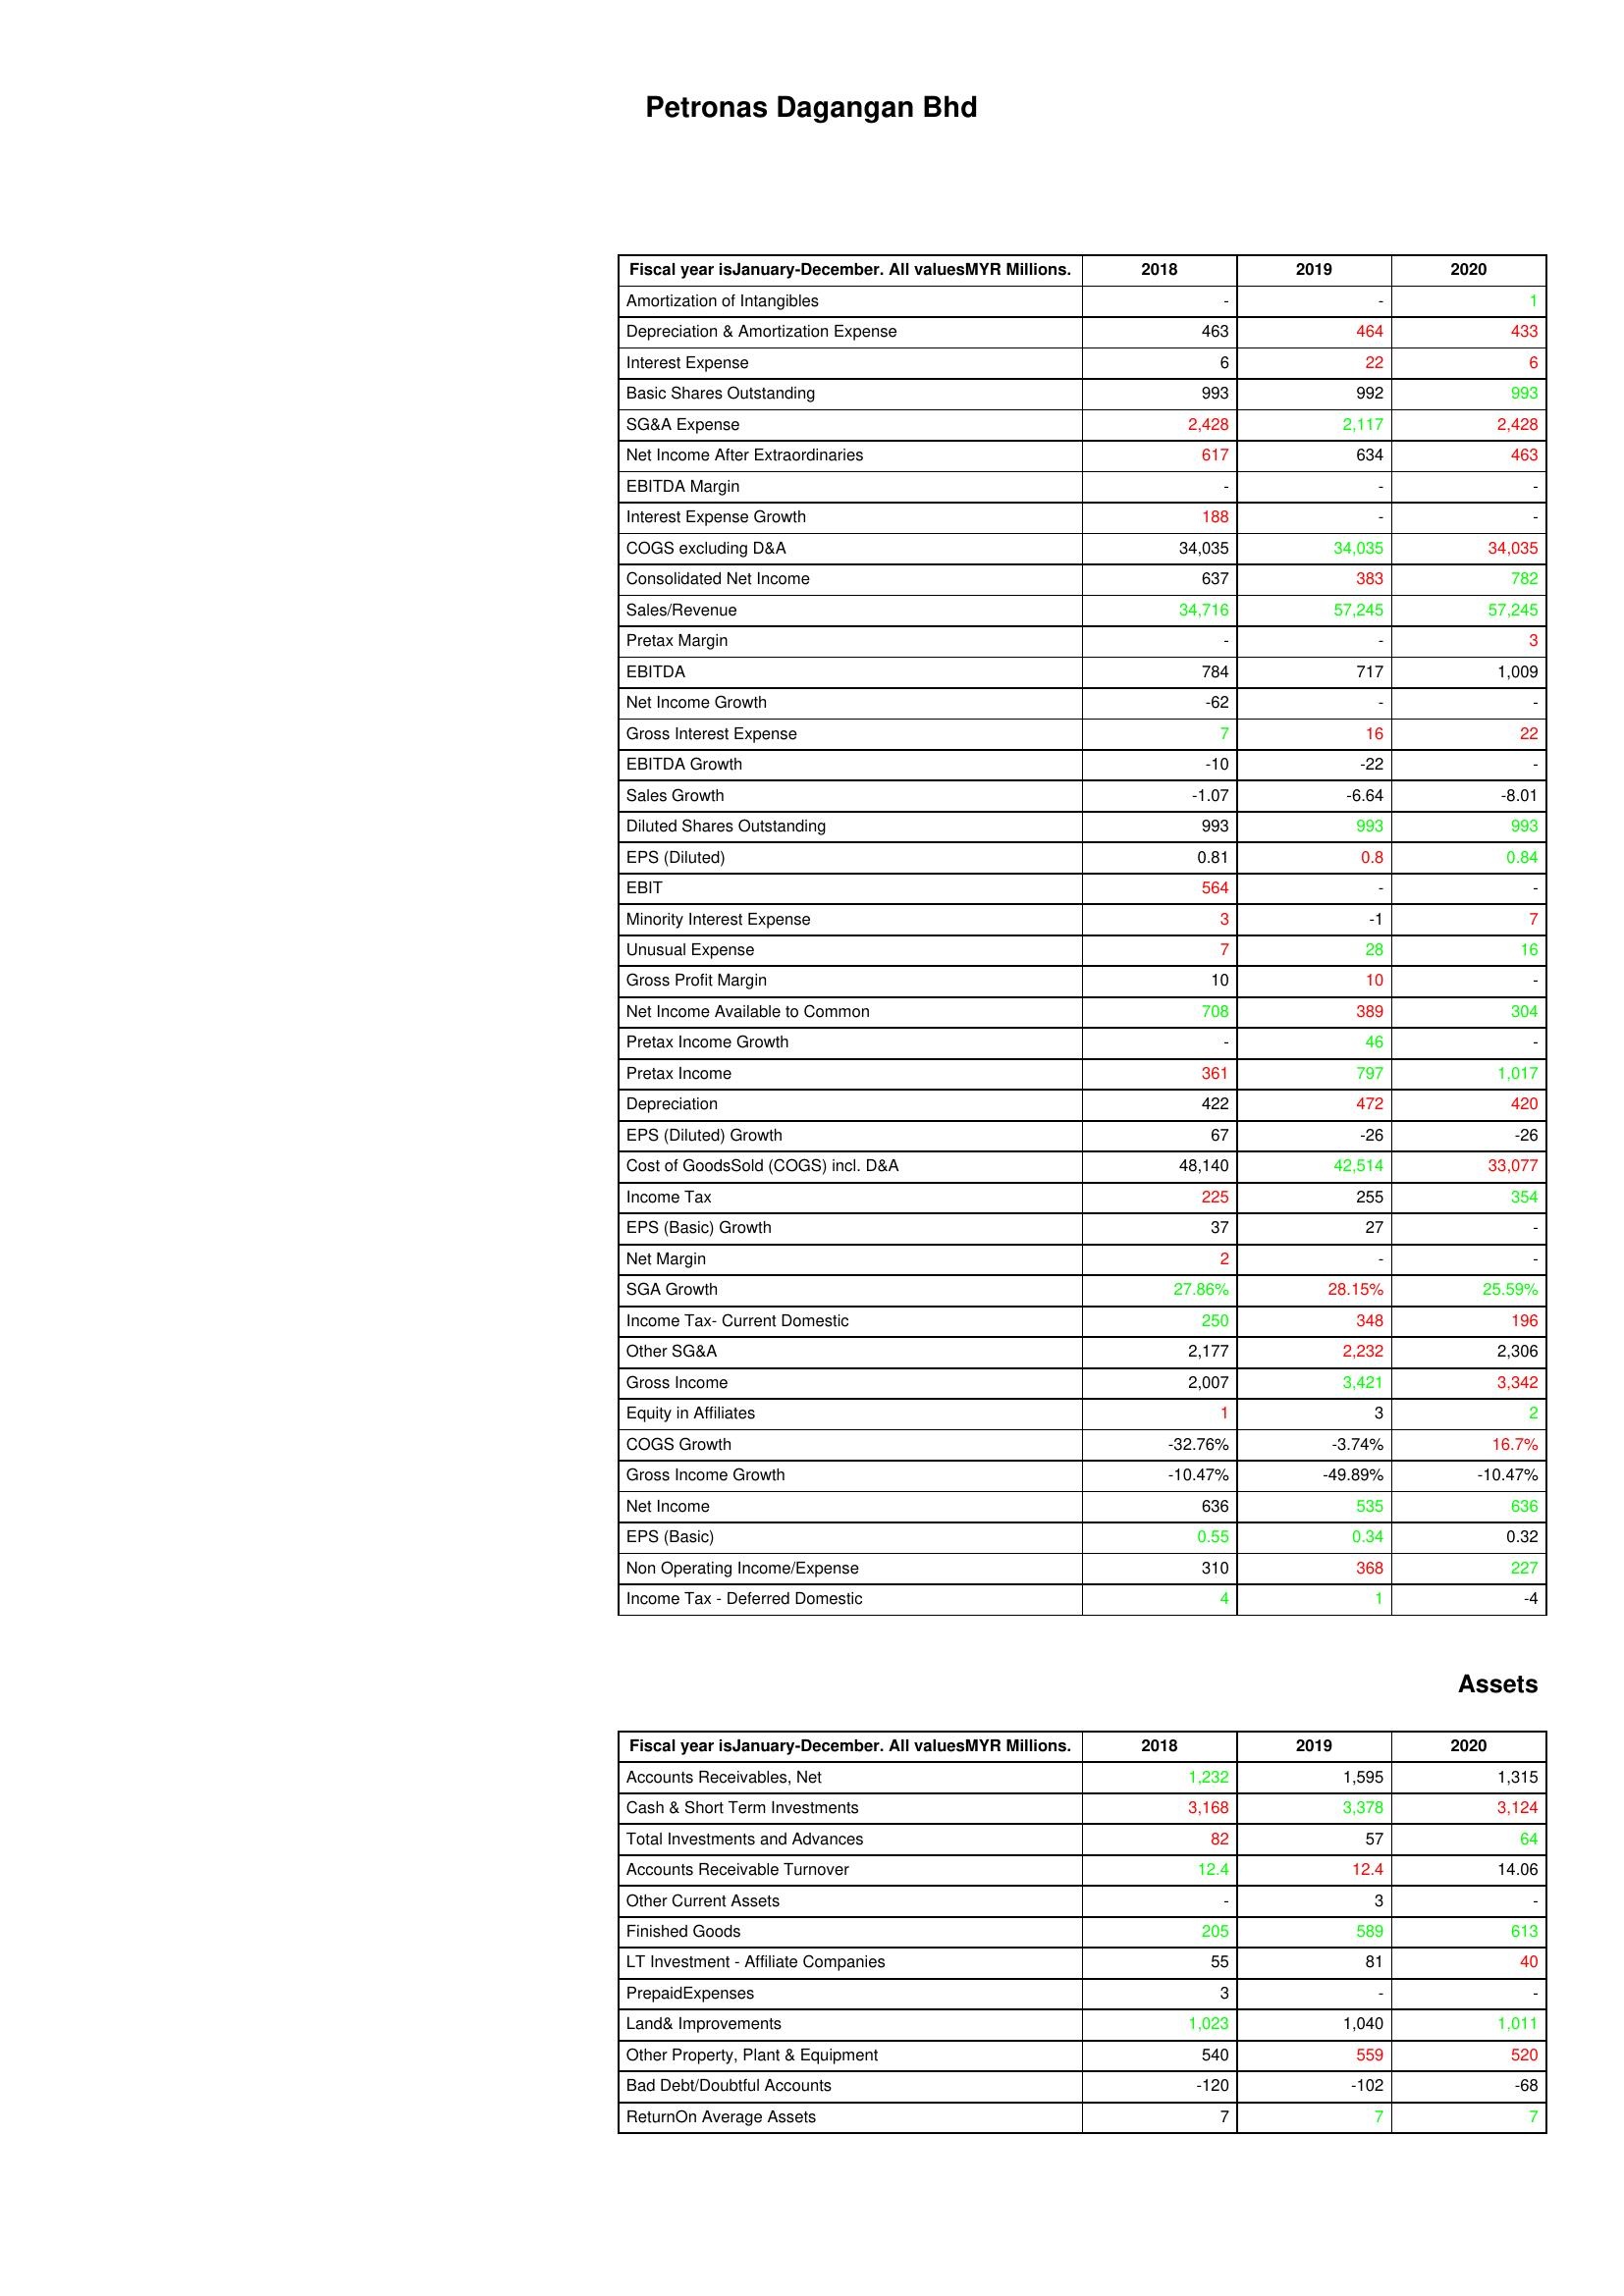
gt_parse: 2018: : Amortization of Intangibles: -
Depreciation & Amortization Expense: 463
Interest Expense: 6
Basic Shares Outstanding: 993
SG&A Expense: 2,428
Net Income After Extraordinaries: 617
EBITDA Margin: -
Interest Expense Growth: 188
COGS excluding D&A: 34,035
Consolidated Net Income: 637
Sales/Revenue: 34,716
Pretax Margin: -
EBITDA: 784
Net Income Growth: -62
Gross Interest Expense: 7
EBITDA Growth: -10
Sales Growth: -1.07
Diluted Shares Outstanding: 993
EPS (Diluted): 0.81
EBIT: 564
Minority Interest Expense: 3
Unusual Expense: 7
Gross Profit Margin: 10
Net Income Available to Common: 708
Pretax Income Growth: -
Pretax Income: 361
Depreciation: 422
EPS (Diluted) Growth: 67
Cost of GoodsSold (COGS) incl. D&A: 48,140
Income Tax: 225
EPS (Basic) Growth: 37
Net Margin: 2
SGA Growth: 27.86%
Income Tax- Current Domestic: 250
Other SG&A: 2,177
Gross Income: 2,007
Equity in Affiliates: 1
COGS Growth: -32.76%
Gross Income Growth: -10.47%
Net Income: 636
EPS (Basic): 0.55
Non Operating Income/Expense: 310
Income Tax - Deferred Domestic: 4
Assets: Accounts Receivables, Net: 1,232
Cash & Short Term Investments: 3,168
Total Investments and Advances: 82
Accounts Receivable Turnover: 12.4
Other Current Assets: -
Finished Goods: 205
LT Investment - Affiliate Companies: 55
PrepaidExpenses: 3
Land& Improvements: 1,023
Other Property, Plant & Equipment: 540
Bad Debt/Doubtful Accounts: -120
ReturnOn Average Assets: 7
2019: : Amortization of Intangibles: -
Depreciation & Amortization Expense: 464
Interest Expense: 22
Basic Shares Outstanding: 992
SG&A Expense: 2,117
Net Income After Extraordinaries: 634
EBITDA Margin: -
Interest Expense Growth: -
COGS excluding D&A: 34,035
Consolidated Net Income: 383
Sales/Revenue: 57,245
Pretax Margin: -
EBITDA: 717
Net Income Growth: -
Gross Interest Expense: 16
EBITDA Growth: -22
Sales Growth: -6.64
Diluted Shares Outstanding: 993
EPS (Diluted): 0.8
EBIT: -
Minority Interest Expense: -1
Unusual Expense: 28
Gross Profit Margin: 10
Net Income Available to Common: 389
Pretax Income Growth: 46
Pretax Income: 797
Depreciation: 472
EPS (Diluted) Growth: -26
Cost of GoodsSold (COGS) incl. D&A: 42,514
Income Tax: 255
EPS (Basic) Growth: 27
Net Margin: -
SGA Growth: 28.15%
Income Tax- Current Domestic: 348
Other SG&A: 2,232
Gross Income: 3,421
Equity in Affiliates: 3
COGS Growth: -3.74%
Gross Income Growth: -49.89%
Net Income: 535
EPS (Basic): 0.34
Non Operating Income/Expense: 368
Income Tax - Deferred Domestic: 1
Assets: Accounts Receivables, Net: 1,595
Cash & Short Term Investments: 3,378
Total Investments and Advances: 57
Accounts Receivable Turnover: 12.4
Other Current Assets: 3
Finished Goods: 589
LT Investment - Affiliate Companies: 81
PrepaidExpenses: -
Land& Improvements: 1,040
Other Property, Plant & Equipment: 559
Bad Debt/Doubtful Accounts: -102
ReturnOn Average Assets: 7
2020: : Amortization of Intangibles: 1
Depreciation & Amortization Expense: 433
Interest Expense: 6
Basic Shares Outstanding: 993
SG&A Expense: 2,428
Net Income After Extraordinaries: 463
EBITDA Margin: -
Interest Expense Growth: -
COGS excluding D&A: 34,035
Consolidated Net Income: 782
Sales/Revenue: 57,245
Pretax Margin: 3
EBITDA: 1,009
Net Income Growth: -
Gross Interest Expense: 22
EBITDA Growth: -
Sales Growth: -8.01
Diluted Shares Outstanding: 993
EPS (Diluted): 0.84
EBIT: -
Minority Interest Expense: 7
Unusual Expense: 16
Gross Profit Margin: -
Net Income Available to Common: 304
Pretax Income Growth: -
Pretax Income: 1,017
Depreciation: 420
EPS (Diluted) Growth: -26
Cost of GoodsSold (COGS) incl. D&A: 33,077
Income Tax: 354
EPS (Basic) Growth: -
Net Margin: -
SGA Growth: 25.59%
Income Tax- Current Domestic: 196
Other SG&A: 2,306
Gross Income: 3,342
Equity in Affiliates: 2
COGS Growth: 16.7%
Gross Income Growth: -10.47%
Net Income: 636
EPS (Basic): 0.32
Non Operating Income/Expense: 227
Income Tax - Deferred Domestic: -4
Assets: Accounts Receivables, Net: 1,315
Cash & Short Term Investments: 3,124
Total Investments and Advances: 64
Accounts Receivable Turnover: 14.06
Other Current Assets: -
Finished Goods: 613
LT Investment - Affiliate Companies: 40
PrepaidExpenses: -
Land& Improvements: 1,011
Other Property, Plant & Equipment: 520
Bad Debt/Doubtful Accounts: -68
ReturnOn Average Assets: 7